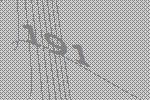
191